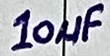
Text: 10µF